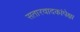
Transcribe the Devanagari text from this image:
सतारवादकांपेक्षा